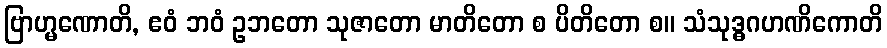
ဗြာဟ္မဏောတိ, ဧဝံ ဘဝံ ဥဘတော သုဇာတော မာတိတော စ ပိတိတော စ။ သံသုဒ္ဓဂဟဏိကောတိ